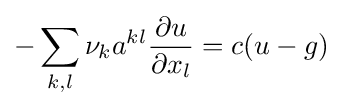
-\sum _{k,l}\nu _{k}a^{kl}{\frac {\partial u}{\partial x_{l}}}=c(u-g)